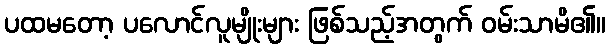
ပထမတော့ ပလောင်လူမျိုးများ ဖြစ်သည့်အတွက် ဝမ်းသာမိ၏။